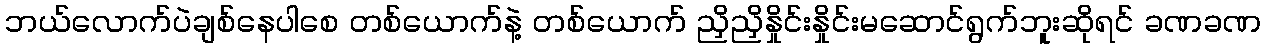
ဘယ်လောက်ပဲချစ်နေပါစေ တစ်ယောက်နဲ့ တစ်ယောက် ညှိညှိနှိုင်းနှိုင်းမဆောင်ရွက်ဘူးဆိုရင် ခဏခဏ